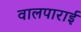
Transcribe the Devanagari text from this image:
वालपाराई